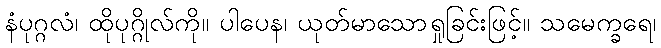
နံပုဂ္ဂလံ၊ ထိုပုဂ္ဂိုလ်ကို။ ပါပေန၊ ယုတ်မာသောရှုခြင်းဖြင့်။ သမေက္ခရေ၊